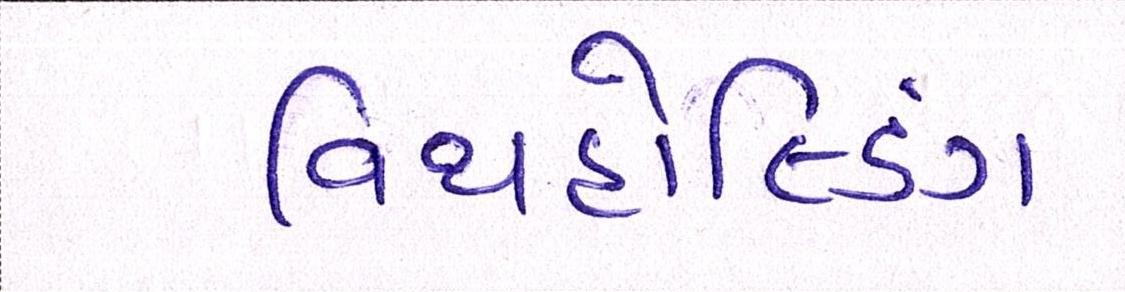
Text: વિથહોલ્ડિંગ